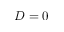
D = 0